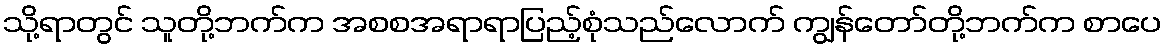
သို့ရာတွင် သူတို့ဘက်က အစစအရာရာပြည့်စုံသည်လောက် ကျွန်တော်တို့ဘက်က စာပေ